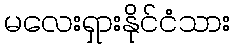
မလေးရှားနိုင်ငံသား